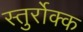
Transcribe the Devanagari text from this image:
स्तुर्रोक्क